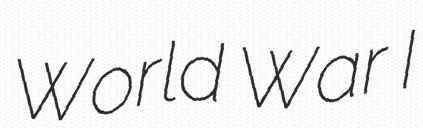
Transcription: World War I